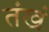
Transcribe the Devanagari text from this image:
तंखं